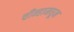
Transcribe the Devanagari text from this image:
चीन्हामधून